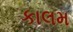
કાલમ